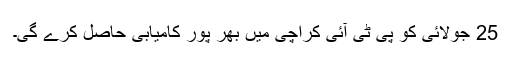
25 جولائی کو پی ٹی آئی کراچی میں بھر پور کامیابی حاصل کرے گی۔